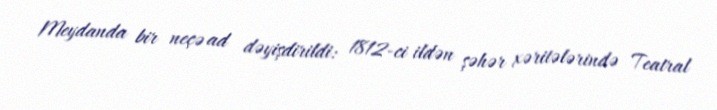
Meydanda bir neçə ad dəyişdirildi: 1812-ci ildən şəhər xəritələrində Teatral